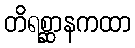
တိရစ္ဆာနကထာ